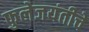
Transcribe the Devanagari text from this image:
फुलेजयंतीचे